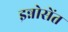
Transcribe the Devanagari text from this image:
इन्नोसेंत